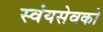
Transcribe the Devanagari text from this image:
स्वंयसेवको